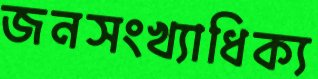
জনসংখ্যাধিক্য